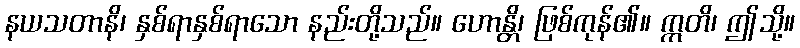
နယသတာနိ၊ နှစ်ရာနှစ်ရာသော နည်းတို့သည်။ ဟောန္တိ၊ ဖြစ်ကုန်၏။ ဣတိ၊ ဤသို့။